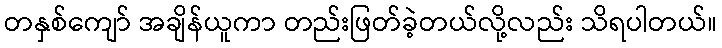
တနှစ်ကျော် အချိန်ယူကာ တည်းဖြတ်ခဲ့တယ်လို့လည်း သိရပါတယ်။